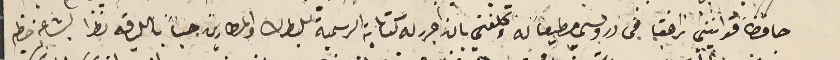
حافضاً قوانيني رافقا في دروسي مطيعاً له وكلفني بان احرر له كتاباته الرسمية للبطرك والمطارين حباً باللياقه نظراً لبشاعة خطه